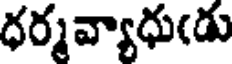
ధర్మవ్యాధు(డు